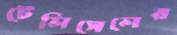
টেলিসেলের